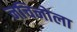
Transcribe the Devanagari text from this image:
नचिनोला